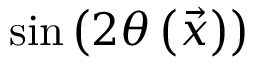
\sin { \left( 2 \theta \left( \vec { x } \right) \right) }